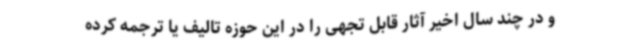
و در چند سال اخیر آثار قابل تجهی را در این حوزه تالیف یا ترجمه کرده